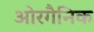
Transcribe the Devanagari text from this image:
ओरगैनिक